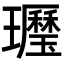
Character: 𤪾